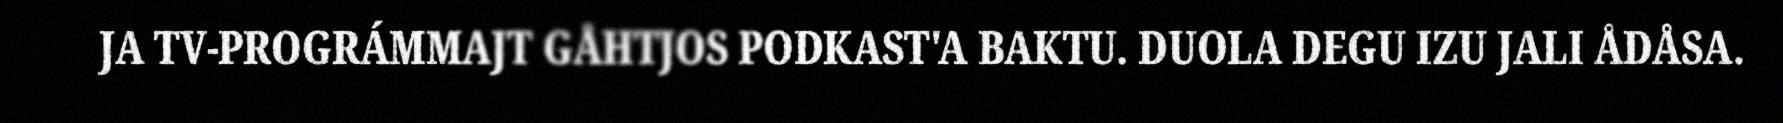
JA TV-PROGRÁMMAJT GÅHTJOS PODKAST'A BAKTU. DUOLA DEGU IZU JALI ÅDÅSA.